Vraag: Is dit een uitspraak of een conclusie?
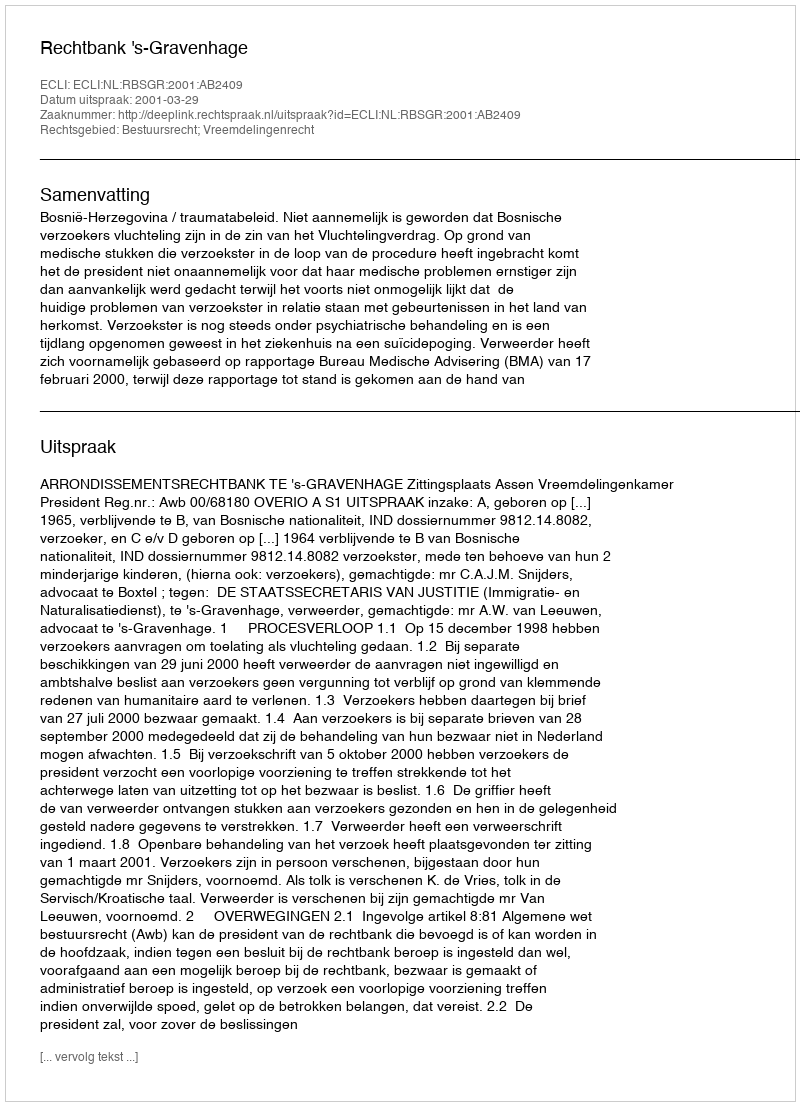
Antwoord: Uitspraak